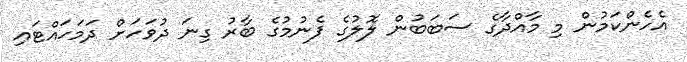
އެހެންކަމުން މި މާއްދާގެ ސަބަބުން ލޮލުގެ ފެނުމުގެ ބާރު ގިނަ ދުވަހަށް ދަމަހައްޓައި